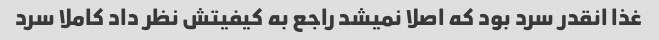
غذا انقدر سرد بود که اصلا نمیشد راجع به کیفیتش نظر داد کاملا سرد